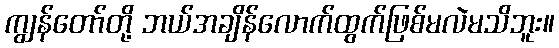
ကျွန်တော်တို့ ဘယ်အချိန်လောက်ထွက်ဖြစ်မလဲမသိဘူး။